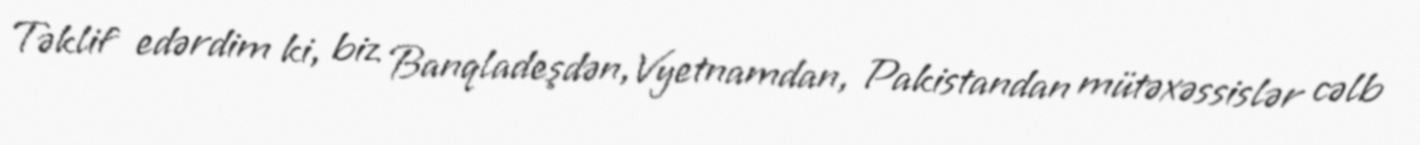
Təklif edərdim ki, biz Banqladeşdən,Vyetnamdan, Pakistandan mütəxəssislər cəlb